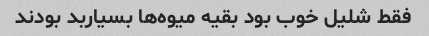
فقط شلیل خوب بود بقیه میوه‌ها بسیاربد بودند